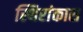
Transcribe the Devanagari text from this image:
स्थिरांकास